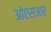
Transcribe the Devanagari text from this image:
ओएसआर